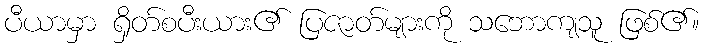
ပီယာမှာ ရှိတ်စပီးယား၏ ပြဇာတ်များကို သဘောကျသူ ဖြစ်၏။